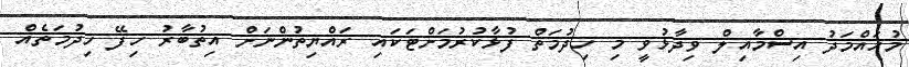
މުހައްމަދު އިސްމާއިލް ވިދާޅުވީ މި ހިދުމަތް ފުޅާކުރުމަށްޓަކައި ރައްޔިތުންނަށް އިތުބާރު ހިފޭ ހިދުމަތެއް